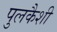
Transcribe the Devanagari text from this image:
पुलकैशी